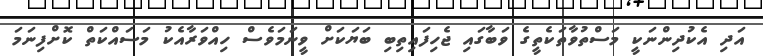
އަދި އެކުދިންނަކީ މަސްތުވާތަކެތީގެ ވަބާގައި ޖެހިފައިތިބި ބަޔަކަށް ވީނަމަވެސް ހިއްވަރާއެކު މަސައްކަތް ކޮށްފިނަމަ